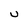
Character: U